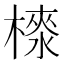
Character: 𣙉